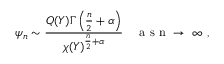
\psi _ { n } \sim \frac { Q ( Y ) \Gamma \left( \frac { n } { 2 } + \alpha \right) } { \chi ( Y ) ^ { \frac { n } { 2 } + \alpha } } \quad \mathrm { ~ a ~ s ~ n ~ \to ~ \infty ~ } ,